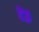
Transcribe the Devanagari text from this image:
देइ